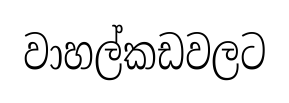
වාහල්කඩවලට